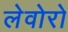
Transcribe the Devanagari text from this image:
लेवोरो